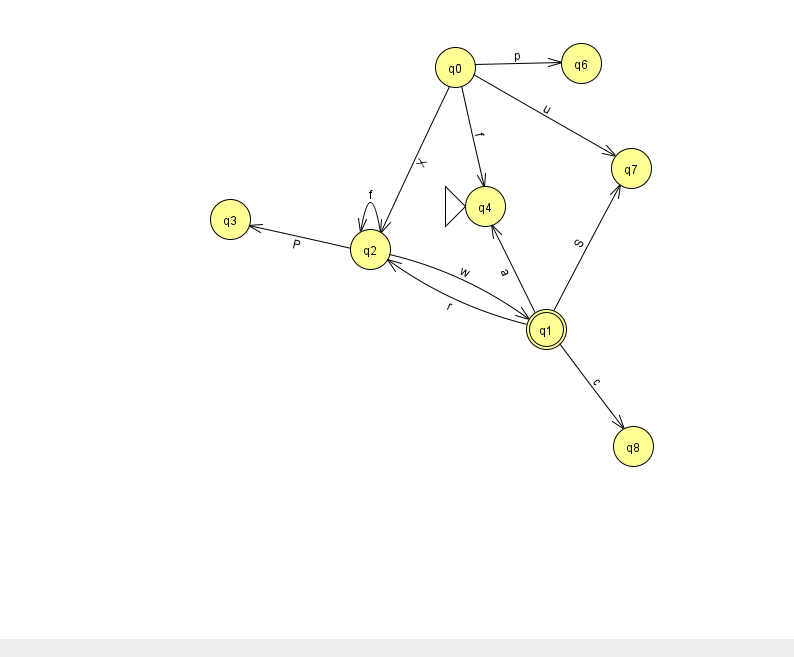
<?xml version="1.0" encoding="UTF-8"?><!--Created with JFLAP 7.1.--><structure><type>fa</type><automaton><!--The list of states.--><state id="0" name="q0"><x>455.0</x><y>54.0</y></state><state id="1" name="q1"><x>546.0</x><y>316.0</y><final/></state><state id="2" name="q2"><x>370.0</x><y>236.0</y></state><state id="3" name="q3"><x>230.0</x><y>206.0</y></state><state id="4" name="q4"><x>485.0</x><y>193.0</y><initial/></state><state id="6" name="q6"><x>581.0</x><y>50.0</y></state><state id="7" name="q7"><x>631.0</x><y>155.0</y></state><state id="8" name="q8"><x>633.0</x><y>433.0</y></state><!--The list of transitions.--><transition><from>0</from><to>2</to><read>X</read></transition><transition><from>2</from><to>1</to><read>w</read></transition><transition><from>1</from><to>7</to><read>S</read></transition><transition><from>1</from><to>2</to><read>r</read></transition><transition><from>2</from><to>3</to><read>P</read></transition><transition><from>0</from><to>4</to><read>f</read></transition><transition><from>2</from><to>2</to><read>f</read></transition><transition><from>0</from><to>6</to><read>p</read></transition><transition><from>0</from><to>7</to><read>u</read></transition><transition><from>1</from><to>8</to><read>c</read></transition><transition><from>1</from><to>4</to><read>a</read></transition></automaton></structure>